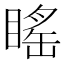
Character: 䁘